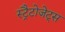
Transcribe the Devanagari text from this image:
स्ट्रैटोजेट्स